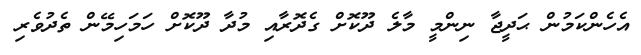
އެހެންކަމުން ޙަދީޖާ ނިންމީ މާލެ ދޫކޮށް ގެދޮރާއި މުދާ ދޫކޮށް ހަމަހިމޭން ތެދުވެރި